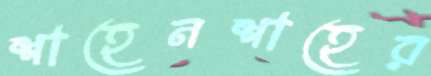
শাহেনশাহের